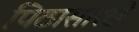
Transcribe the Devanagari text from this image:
पिठासारखे